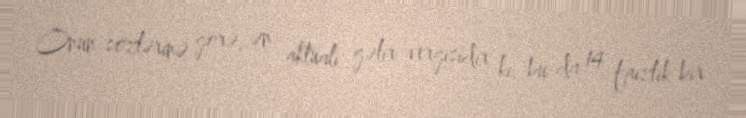
Onun sözlərinə görə, ən aktualı gəlir vergisidir ki, bu da 14 faizlik bir